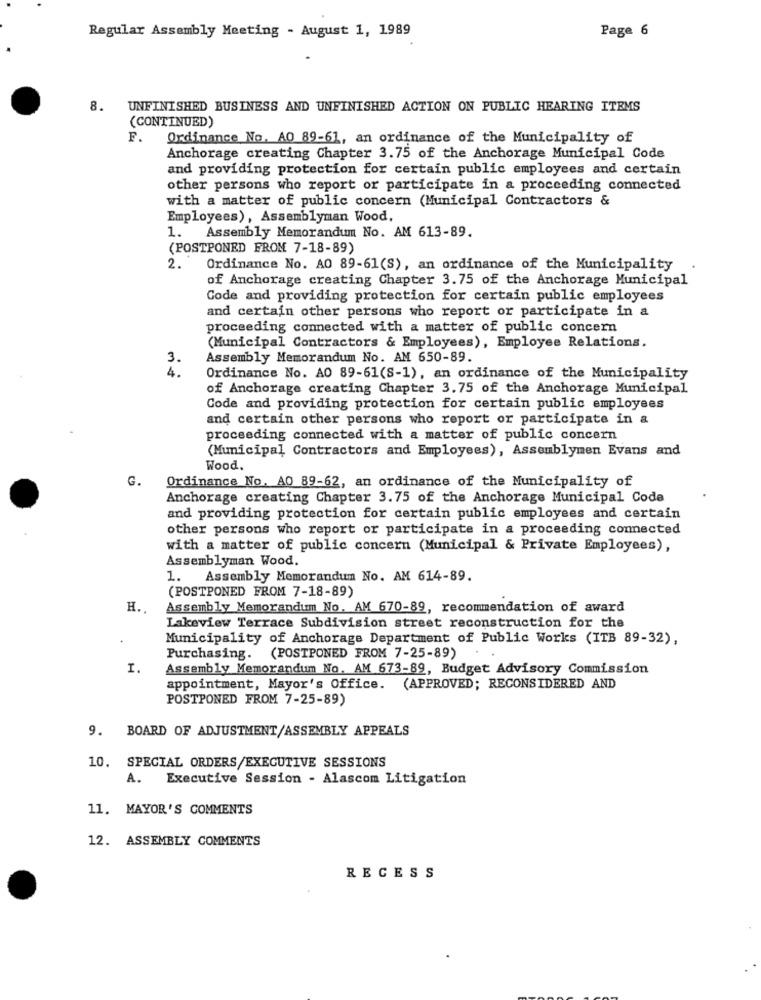
Regular Assembly Meeting - August 1, 1989
Page 6
8.
UNFINISHED BUSINESS AND UNFINISHED ACTION ON PUBLIC HEARING ITEMS
(CONTINUED)
F.
Ordinance No. AO 89-61, an ordinance of the Municipality of
Anchorage creating Chapter 3.75 of the Anchorage Municipal Code
and providing protection for certain public employees and certain
other persons who report or participate in a proceeding connected
with a matter of public concern (Municipal Contractors &
Employees), Assemblyman Wood,
1. Assembly Memorandum No. AM 613-89.
(POSTPONED FROM 7-18-89)
2.
Ordinance No. AO 89-61(S), an ordinance of the Municipality
of Anchorage creating Chapter 3.75 of the Anchorage Municipal
Code and providing protection for certain public employees
and certain other persons who report or participate in a
proceeding connected with a matter of public concern
(Municipal Contractors & Employees), Employee Relations.
3.
Assembly Memorandum No. AM 650-89.
4.
Ordinance No. AO 89-61(S-1), an ordinance of the Municipality
of Anchorage creating Chapter 3.75 of the Anchorage Municipal
Code and providing protection for certain public employees
and certain other persons who report or participate in a
proceeding connected with a matter of public concern
(Municipal Contractors and Employees), Assemblymen Evans and
Wood.
G.
Ordinance No. AO 89-62, an ordinance of the Municipality of
Anchorage creating Chapter 3.75 of the Anchorage Municipal Code
and providing protection for certain public employees and certain
other persons who report or participate in a proceeding connected
with a matter of public concern (Municipal & Private Employees),
Assemblyman Wood.
1. Assembly Memorandum No. AM 614-89.
(POSTPONED FROM 7-18-89)
H.
Assembly Memorandum No. AM 670-89, recommendation of award
Lakeview Terrace Subdivision street reconstruction for the
Municipality of Anchorage Department of Public Works (ITB 89-32),
Purchasing. (POSTPONED FROM 7-25-89)
I.
Assembly Memorandum No. AM 673-89, Budget Advisory Commission
appointment, Mayor's Office. (APPROVED; RECONSIDERED AND
POSTPONED FROM 7-25-89)
9. BOARD OF ADJUSTMENT/ASSEMBLY APPEALS
10. SPECIAL ORDERS/EXECUTIVE SESSIONS
A. Executive Session - Alascom Litigation
11. MAYOR'S COMMENTS
12. ASSEMBLY COMMENTS
RECESS